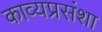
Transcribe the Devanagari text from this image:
काव्यप्रसंशा